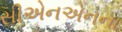
સીએનએનના